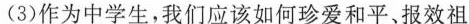
(3)作为中学生,我们应该如何珍爱和平、报效祖